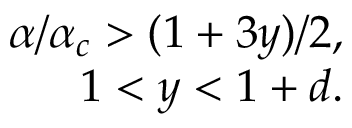
\begin{array} { r } { \alpha / \alpha _ { c } > ( 1 + 3 y ) / 2 , } \\ { 1 < y < 1 + d . } \end{array}